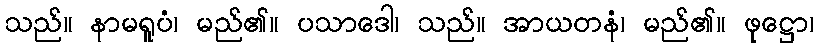
သည်။ နာမရူပံ၊ မည်၏။ ပသာဒေါ၊ သည်။ အာယတနံ၊ မည်၏။ ဖုဋ္ဌော၊